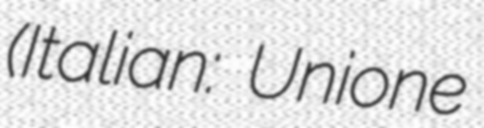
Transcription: (Italian: Unione